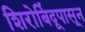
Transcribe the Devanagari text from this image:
शिरोबिंदूपासून